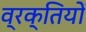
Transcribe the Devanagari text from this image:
व्रक्तियों